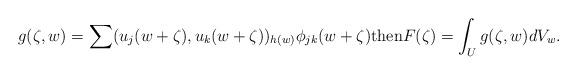
LaTeX: \begin{align*} g(\zeta,w)=\sum (u_j(w+\zeta),u_k(w+\zeta))_{h(w)}\phi_{jk}(w+\zeta) \mathrm{then} F(\zeta)=\int_Ug(\zeta,w)dV_w. \end{align*}